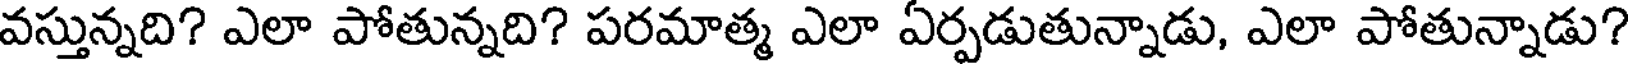
వస్తున్నది? ఎలా పోతున్నది? పరమాత్మ ఎలా ఏర్పడుతున్నాడు, ఎలా పోతున్నాడు?